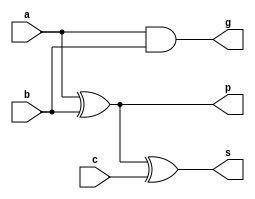
module pfa(
	input	a,
	input	b,
	input	c,	// carry in
	
	output	s,	// sum
	output	g,	// generator
	output	p	// propogate
);

assign p = a ^ b;
assign g = a & b;

assign s = a ^ b ^ c;

endmodule